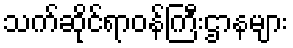
သက်ဆိုင်ရာဝန်ကြီးဌာနများ